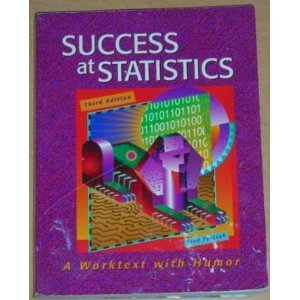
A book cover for Success at Statistics: A Worktext With Humor; Fred Pyrczak; Humor & Entertainment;